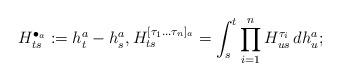
LaTeX: \begin{align*}H^{\bullet_a}_{ts} := h^a_t-h^a_s,H^{[\tau_1\dots\tau_n]_a}_{ts} = \int_s^t \prod_{i=1}^n H^{\tau_i}_{us}\,dh^a_u;\end{align*}